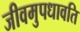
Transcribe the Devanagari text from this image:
जीवमुपधावति